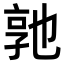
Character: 𬼭